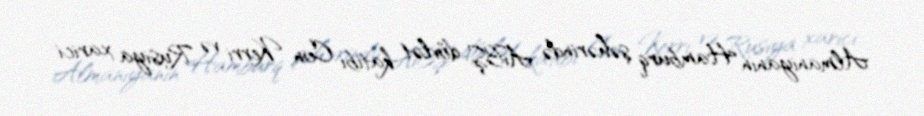
Almaniyanın Hamburq şəhərində ABŞ dövlət katibi Con Kerri və Rusiya xarici